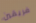
فريقين